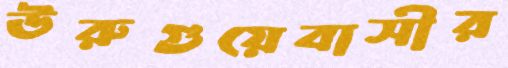
উরুগুয়েবাসীর